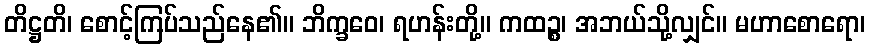
တိဋ္ဌတိ၊ စောင့်ကြပ်သည်နေ၏။ ဘိက္ခဝေ၊ ရဟန်းတို့။ ကထဉ္စ၊ အဘယ်သို့လျှင်။ မဟာစောရော၊